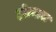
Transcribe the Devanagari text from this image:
होत्यास